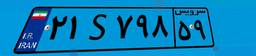
۰۵S۵۰۲۵۹